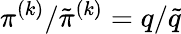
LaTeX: \pi^{(k)}/\tilde{\pi}^{(k)}=q/\tilde{q}